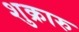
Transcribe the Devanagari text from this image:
शुक्रारु